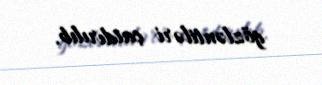
gözləntiləri çatdırılıb.